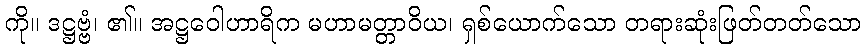
ကို။ ဒဋ္ဌဗ္ဗံ၊ ၏။ အဋ္ဌဝေါဟာရိက မဟာမတ္တာဝိယ၊ ရှစ်ယောက်သော တရားဆုံးဖြတ်တတ်သော